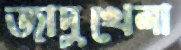
জাদুখেলা